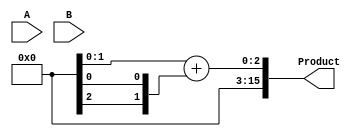
module AdaptiveWallaceTreeMultiplier #(parameter WIDTH = 8) (
    input wire [WIDTH-1:0] A,
    input wire [WIDTH-1:0] B,
    output wire [2*WIDTH-1:0] Product
);

    // Partial Product Generation
    wire [WIDTH-1:0] pp[0:WIDTH-1]; // Partial products
    genvar i;
    generate
        for (i = 0; i < WIDTH; i = i + 1) begin : pp_gen
            assign pp[i] = A & {WIDTH{B[i]}};
        end
    endgenerate

    // Wallace Tree Reduction
    wire [WIDTH:0] sum[0:WIDTH-1]; // Sums at each stage
    wire [WIDTH:0] carry[0:WIDTH-1]; // Carries at each stage
    wire [WIDTH-1:0] stage_out[0:WIDTH/2]; // Outputs of each stage

    // First stage reduction
    generate
        for (i = 0; i < WIDTH; i = i + 1) begin : stage1
            if (i % 2 == 0) begin : half_adder
                if (i + 1 < WIDTH) begin
                    assign {carry[0][i/2+1], sum[0][i/2]} = pp[i] + pp[i+1];
                end else begin // Last odd bit
                    assign sum[0][i/2] = pp[i];
                    assign carry[0][i/2+1] = 1'b0;
                end
            end
        end
    endgenerate

    // Subsequent stages
    generate
        for (i = 1; i < WIDTH; i = i + 1) begin : reduction_stages
            if (i < WIDTH/2) begin
                // Full adder for three inputs
                assign {carry[i][i/2+1], sum[i][i/2]} = sum[i-1][i/2] + sum[i-1][(i/2)+1] + carry[i-1][i/2];
            end
        end
    endgenerate

    // Final addition
    wire [2*WIDTH-1:0] final_sum;
    assign final_sum = {carry[WIDTH-1][1], sum[WIDTH-1][0]} + {1'b0, carry[WIDTH-1][0], sum[WIDTH-1][0]};

    // Final Product Output
    assign Product = final_sum;

endmodule